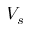
V _ { s }